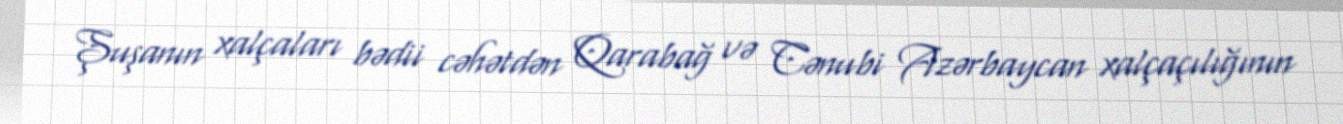
Şuşanın xalçaları bədii cəhətdən Qarabağ və Cənubi Azərbaycan xalçaçılığının